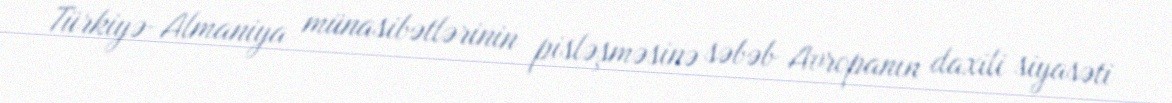
Türkiyə-Almaniya münasibətlərinin pisləşməsinə səbəb Avropanın daxili siyasəti